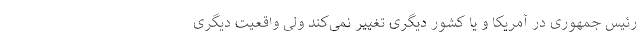
رئیس جمهوری در آمریکا و یا کشور دیگری تغییر نمی‌کند ولی واقعیت دیگری